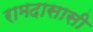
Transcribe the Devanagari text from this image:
रामदासासी